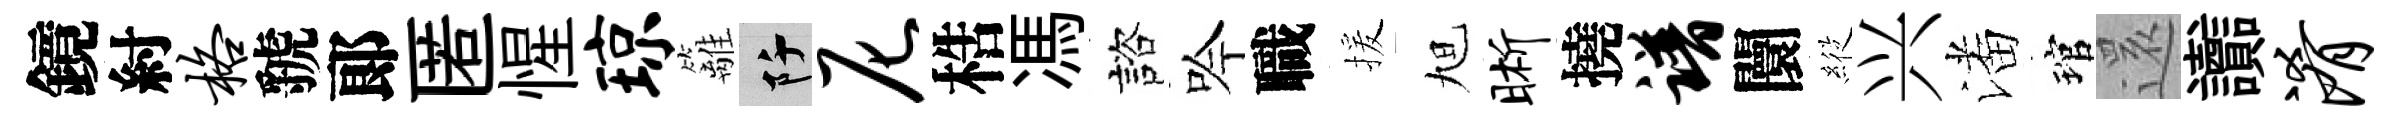
鏡紂格虢郞匿惺琼籬阡尼梏馮諮吟職援旭晰撓谱闤𦂵兴潘琯𮟃讟淆